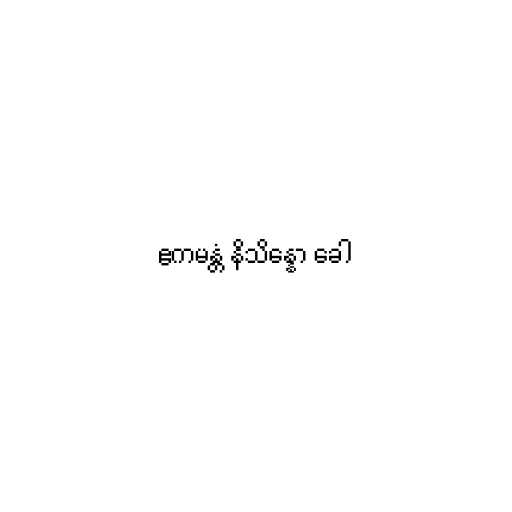
ဧကမန္တံ နိသိန္နော ခေါ